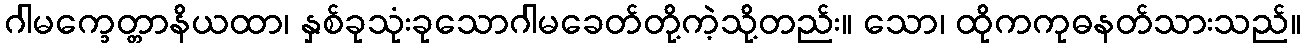
ဂါမက္ခေတ္တာနိယထာ၊ နှစ်ခုသုံးခုသောဂါမခေတ်တို့ကဲ့သို့တည်း။ သော၊ ထိုကကုဓနတ်သားသည်။